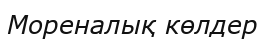
Мореналық көлдер